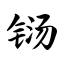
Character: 铴